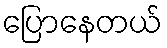
ပြောနေတယ်